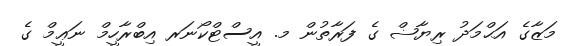
މަޒާގެ އަޙްމަދު ރިޔާޟް ގެ ފަރާތުން މ. އީސްޓްކޯނަރ އިބްރާހީމް ނަޢީމް ގެ